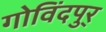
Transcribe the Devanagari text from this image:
गोविंदपुर्